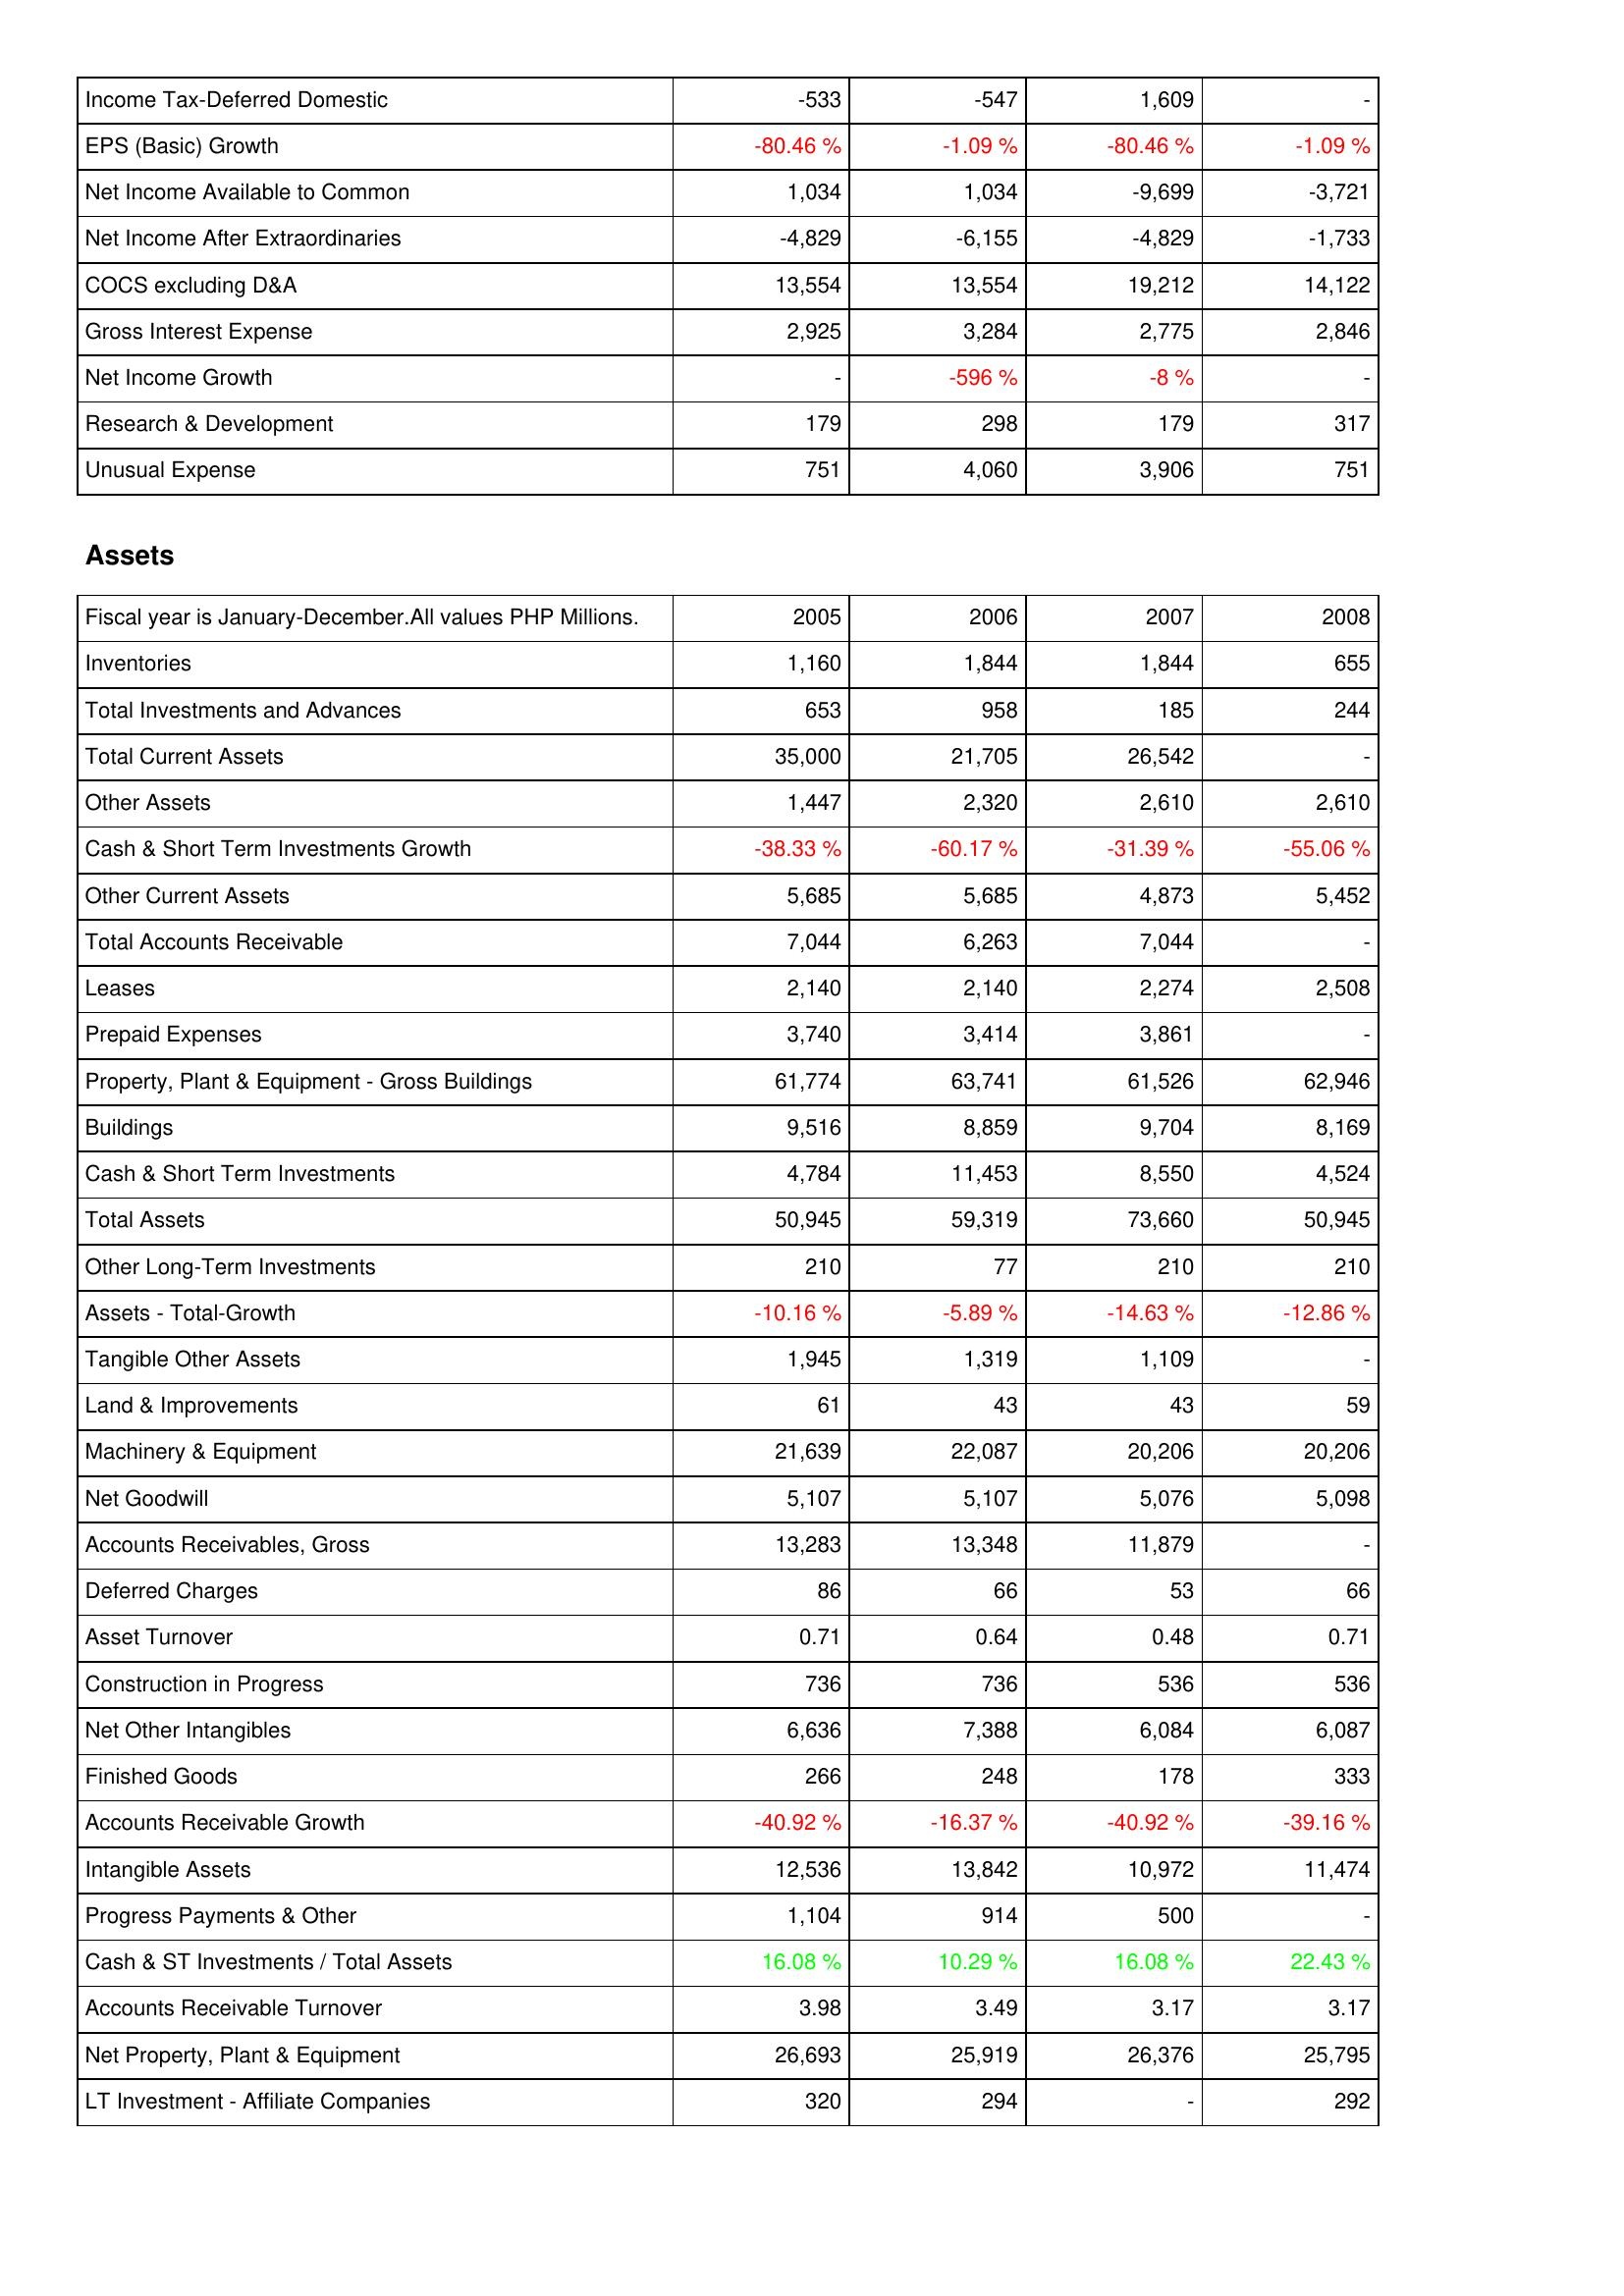
2005: Income Statement: Income Tax-Deferred Domestic: -533
EPS (Basic) Growth: -80.46 %
Net Income Available to Common: 1,034
Net Income After Extraordinaries: -4,829
COCS excluding D&A: 13,554
Gross Interest Expense: 2,925
Net Income Growth: -
Research & Development: 179
Unusual Expense: 751
Assets: Inventories: 1,160
Total Investments and Advances: 653
Total Current Assets: 35,000
Other Assets: 1,447
Cash & Short Term Investments Growth: -38.33 %
Other Current Assets: 5,685
Total Accounts Receivable: 7,044
Leases: 2,140
Prepaid Expenses: 3,740
Property, Plant & Equipment - Gross Buildings: 61,774
Buildings: 9,516
Cash & Short Term Investments: 4,784
Total Assets: 50,945
Other Long-Term Investments: 210
Assets - Total-Growth: -10.16 %
Tangible Other Assets: 1,945
Land & Improvements: 61
Machinery & Equipment: 21,639
Net Goodwill: 5,107
Accounts Receivables, Gross: 13,283
Deferred Charges: 86
Asset Turnover: 0.71
Construction in Progress: 736
Net Other Intangibles: 6,636
Finished Goods: 266
Accounts Receivable Growth: -40.92 %
Intangible Assets: 12,536
Progress Payments & Other: 1,104
Cash & ST Investments / Total Assets: 16.08 %
Accounts Receivable Turnover: 3.98
Net Property, Plant & Equipment: 26,693
LT Investment - Affiliate Companies: 320
2006: Income Statement: Income Tax-Deferred Domestic: -547
EPS (Basic) Growth: -1.09 %
Net Income Available to Common: 1,034
Net Income After Extraordinaries: -6,155
COCS excluding D&A: 13,554
Gross Interest Expense: 3,284
Net Income Growth: -596 %
Research & Development: 298
Unusual Expense: 4,060
Assets: Inventories: 1,844
Total Investments and Advances: 958
Total Current Assets: 21,705
Other Assets: 2,320
Cash & Short Term Investments Growth: -60.17 %
Other Current Assets: 5,685
Total Accounts Receivable: 6,263
Leases: 2,140
Prepaid Expenses: 3,414
Property, Plant & Equipment - Gross Buildings: 63,741
Buildings: 8,859
Cash & Short Term Investments: 11,453
Total Assets: 59,319
Other Long-Term Investments: 77
Assets - Total-Growth: -5.89 %
Tangible Other Assets: 1,319
Land & Improvements: 43
Machinery & Equipment: 22,087
Net Goodwill: 5,107
Accounts Receivables, Gross: 13,348
Deferred Charges: 66
Asset Turnover: 0.64
Construction in Progress: 736
Net Other Intangibles: 7,388
Finished Goods: 248
Accounts Receivable Growth: -16.37 %
Intangible Assets: 13,842
Progress Payments & Other: 914
Cash & ST Investments / Total Assets: 10.29 %
Accounts Receivable Turnover: 3.49
Net Property, Plant & Equipment: 25,919
LT Investment - Affiliate Companies: 294
2007: Income Statement: Income Tax-Deferred Domestic: 1,609
EPS (Basic) Growth: -80.46 %
Net Income Available to Common: -9,699
Net Income After Extraordinaries: -4,829
COCS excluding D&A: 19,212
Gross Interest Expense: 2,775
Net Income Growth: -8 %
Research & Development: 179
Unusual Expense: 3,906
Assets: Inventories: 1,844
Total Investments and Advances: 185
Total Current Assets: 26,542
Other Assets: 2,610
Cash & Short Term Investments Growth: -31.39 %
Other Current Assets: 4,873
Total Accounts Receivable: 7,044
Leases: 2,274
Prepaid Expenses: 3,861
Property, Plant & Equipment - Gross Buildings: 61,526
Buildings: 9,704
Cash & Short Term Investments: 8,550
Total Assets: 73,660
Other Long-Term Investments: 210
Assets - Total-Growth: -14.63 %
Tangible Other Assets: 1,109
Land & Improvements: 43
Machinery & Equipment: 20,206
Net Goodwill: 5,076
Accounts Receivables, Gross: 11,879
Deferred Charges: 53
Asset Turnover: 0.48
Construction in Progress: 536
Net Other Intangibles: 6,084
Finished Goods: 178
Accounts Receivable Growth: -40.92 %
Intangible Assets: 10,972
Progress Payments & Other: 500
Cash & ST Investments / Total Assets: 16.08 %
Accounts Receivable Turnover: 3.17
Net Property, Plant & Equipment: 26,376
LT Investment - Affiliate Companies: -
2008: Income Statement: Income Tax-Deferred Domestic: -
EPS (Basic) Growth: -1.09 %
Net Income Available to Common: -3,721
Net Income After Extraordinaries: -1,733
COCS excluding D&A: 14,122
Gross Interest Expense: 2,846
Net Income Growth: -
Research & Development: 317
Unusual Expense: 751
Assets: Inventories: 655
Total Investments and Advances: 244
Total Current Assets: -
Other Assets: 2,610
Cash & Short Term Investments Growth: -55.06 %
Other Current Assets: 5,452
Total Accounts Receivable: -
Leases: 2,508
Prepaid Expenses: -
Property, Plant & Equipment - Gross Buildings: 62,946
Buildings: 8,169
Cash & Short Term Investments: 4,524
Total Assets: 50,945
Other Long-Term Investments: 210
Assets - Total-Growth: -12.86 %
Tangible Other Assets: -
Land & Improvements: 59
Machinery & Equipment: 20,206
Net Goodwill: 5,098
Accounts Receivables, Gross: -
Deferred Charges: 66
Asset Turnover: 0.71
Construction in Progress: 536
Net Other Intangibles: 6,087
Finished Goods: 333
Accounts Receivable Growth: -39.16 %
Intangible Assets: 11,474
Progress Payments & Other: -
Cash & ST Investments / Total Assets: 22.43 %
Accounts Receivable Turnover: 3.17
Net Property, Plant & Equipment: 25,795
LT Investment - Affiliate Companies: 292